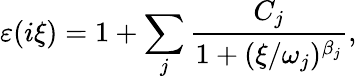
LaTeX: \varepsilon(i\xi)=1+\underset{j}{\overset{}{\sum}}\frac{C_{j}}{1+(\xi/\omega_{j})^{\beta_{j}}},